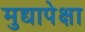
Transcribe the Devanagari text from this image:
मुद्यापेक्षा